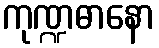
ကုဏ္ဍဓာနော